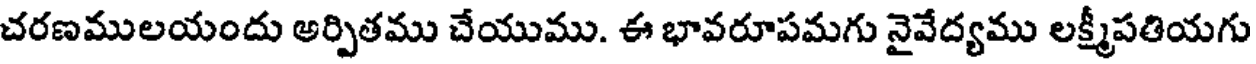
చరణములయందు అర్పితము చేయుము. ఈ భావరూపమగు నైవేద్యము లక్ష్మీపతియగు